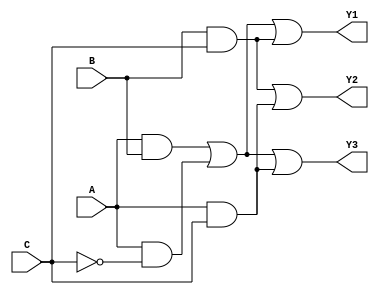
module fuse_based_PLA (
    input wire A,       // Input A
    input wire B,       // Input B
    input wire C,       // Input C
    output wire Y1,     // Output Y1
    output wire Y2,     // Output Y2
    output wire Y3      // Output Y3
);

// Programmable AND gates
wire P1, P2, P3;

// Fuse configuration for AND gates
// Each AND gate can have its inputs connected or disconnected based on fuses
assign P1 = (A & B) | (A & ~C); // Example: A AND B or A AND NOT C
assign P2 = (B & C);            // Example: B AND C
assign P3 = (A & C);            // Example: A AND C

// Fixed OR array to combine product terms
assign Y1 = P1 | P2;            // Output Y1 = P1 OR P2
assign Y2 = P2 | P3;            // Output Y2 = P2 OR P3
assign Y3 = P1 | P3;            // Output Y3 = P1 OR P3

endmodule